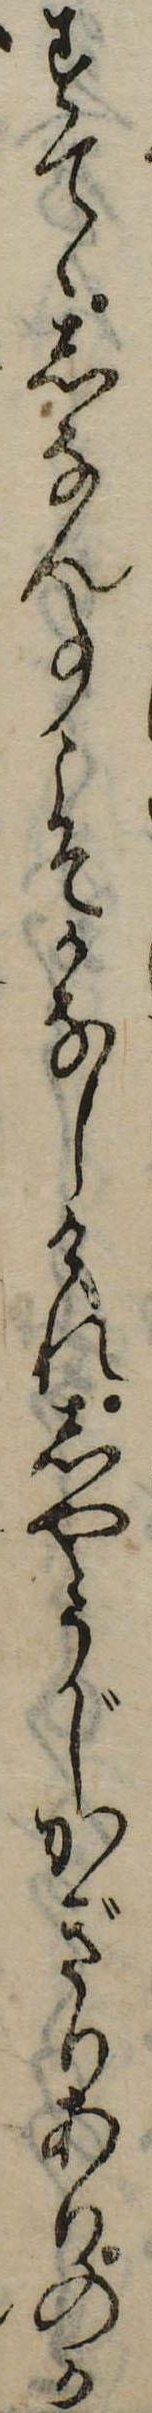
すてゝしなん事こそかなしけれしやうじかぎりありのか